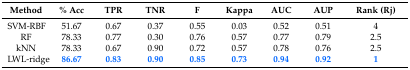
| Method | % Acc | TPR | TNR | F | Kappa | AUC | AUP | Rank (Rj) |
 | --- | --- | --- | --- | --- | --- | --- | --- | --- |
 | SVM-RBF | 51.67 | 0.67 | 0.37 | 0.55 | 0.03 | 0.52 | 0.51 | 4 |
 | RF | 78.33 | 0.77 | 0.30 | 0.76 | 0.57 | 0.77 | 0.79 | 2.5 |
 | kNN | 78.33 | 0.67 | 0.90 | 0.72 | 0.57 | 0.78 | 0.76 | 2.5 |
 | LWL-ridge | 86.67 | 0.83 | 0.90 | 0.85 | 0.73 | 0.94 | 0.92 | 1 |